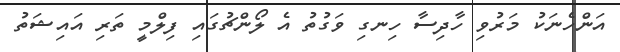
އަންހެނަކު މަރުވި ހާދިސާ ހިނގި ވަގުތު އެ ލޯންޗުގައި ފިލްމީ ތަރި އައިޝަތު